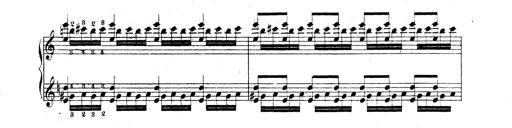
Title: Technische Studien
Composer: Franz Liszt